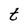
Character: t